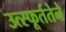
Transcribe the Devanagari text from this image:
उत्स्फूर्ततेने